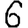
Digit: 6